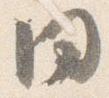
同